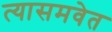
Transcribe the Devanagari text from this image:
त्यासमवेत